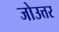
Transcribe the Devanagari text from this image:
जोउत्तर